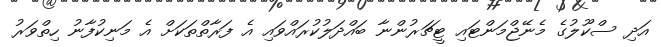
އަދި ސްކޫލުގެ މެނޭޖްމަންޓައި ޓީޗަރުންނާ ބައްދަލުކުރައްވައި އެ ފަރާތްތަކަށް އެ މަނިކުފާނު ހިތްވަރު